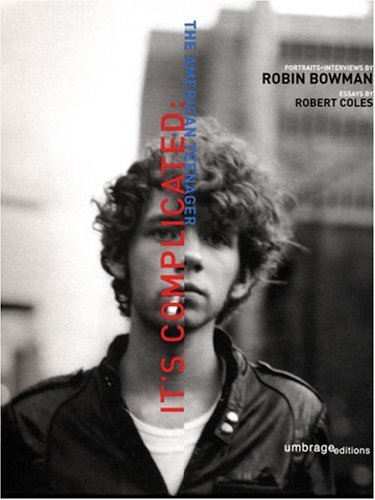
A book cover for It's Complicated: The American Teenager; Arts & Photography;